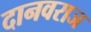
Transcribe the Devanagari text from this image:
दानवराज